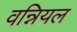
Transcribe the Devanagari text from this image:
वन्नियल